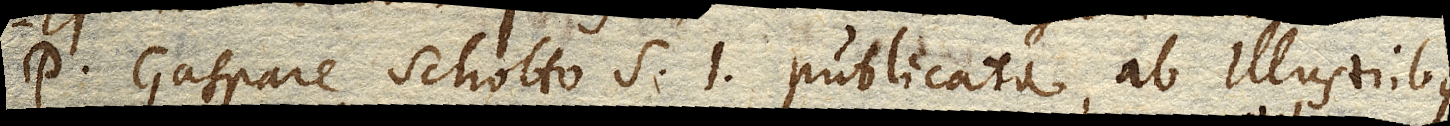
P. Gaspare Schotto S. J. publicata, ab illustribus